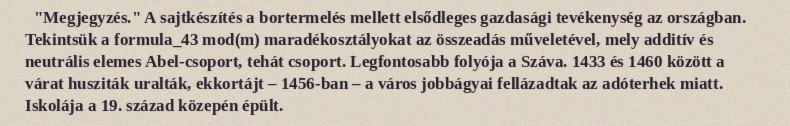
"Megjegyzés." A sajtkészítés a bortermelés mellett elsődleges gazdasági tevékenység az országban. Tekintsük a formula_43 mod(m) maradékosztályokat az összeadás műveletével, mely additív és neutrális elemes Abel-csoport, tehát csoport. Legfontosabb folyója a Száva. 1433 és 1460 között a várat husziták uralták, ekkortájt – 1456-ban – a város jobbágyai fellázadtak az adóterhek miatt. Iskolája a 19. század közepén épült.